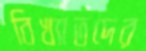
বিখ্যাতদের